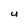
Character: U